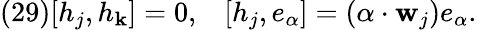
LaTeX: (29)[h_{j},h_{\mathbf{k}}]=0,\; \; \; [h_{j},e_{\alpha}]=(\alpha\cdot{\mathbf{w}}_{j})e_{\alpha}.